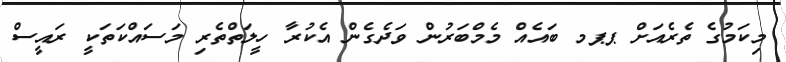
މިކަމުގެ ތެރެއަށް ޕޕމ ބައެއް މެމްބަރުން ވަދެގެން އެކުރާ ހީލަތްތެރި މަސައްކަތަކީ ރައީސް